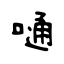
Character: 嗵